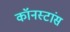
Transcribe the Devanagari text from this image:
कॉनस्टांस